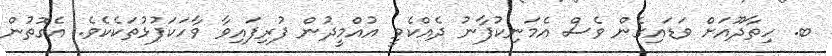
ބ. ހިތާދޫއަށް ވަޑައިގެން ވެސް އެމަނިކުފާނު ދެއްކެވީ އުއްމީދުން ފުރިފައިވާ ވާހަކަފުޅުތަކެކެވެ. އެގޮތުން